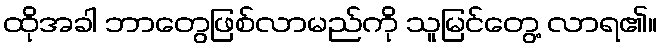
ထိုအခါ ဘာတွေဖြစ်လာမည်ကို သူမြင်တွေ့ လာရ၏။